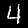
Digit: 4